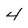
Character: 4